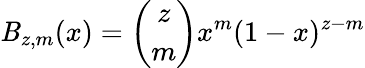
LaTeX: \mathit{B}_{z,m}(x)=\binom{z}{m}x^{m}(1-x)^{z-m}